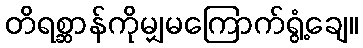
တိရစ္ဆာန်ကိုမျှမကြောက်ရွံ့ချေ။